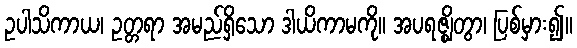
ဥပါသိကာယ၊ ဥတ္တရာ အမည်ရှိသော ဒါယိကာမကို။ အပရဇ္ဈိတွာ၊ ပြစ်မှား၍။